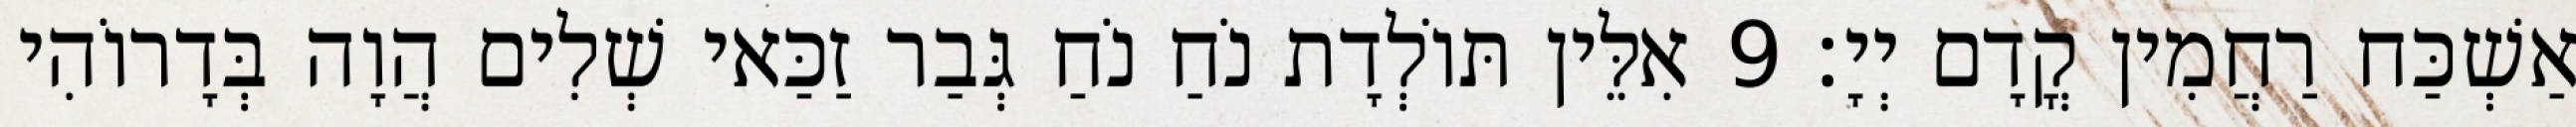
אַשְׁכַּח רַחֲמִין קֳדָם יְיָ׃ 9 אִלֵּין תּוֹלְדָת נֹחַ נֹחַ גְּבַר זַכַּאי שְׁלִים הֲוָה בְּדָרוֹהִי